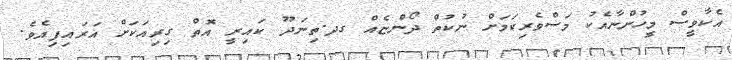
އެކާވީސް މީހުންނާއެކު މަސްވެރިކަމަށް ނުކުތް ދޯންޏެއް ގދ.ތިނަދޫ ކައިރީ އޮތް ގިރިއަކަށް އަރައިފިއެވެ.